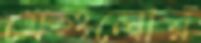
যেগুলোর